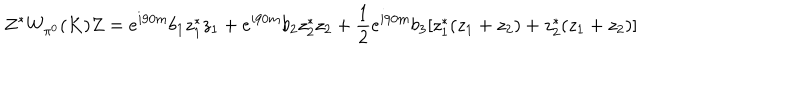
Z ^ { * } W _ { \pi ^ { 0 } } ( K ) Z = e ^ { i 9 0 m } b _ { 1 } z _ { 1 } ^ { * } z _ { 1 } + e ^ { i 9 0 m } b _ { 2 } z _ { 2 } ^ { * } z _ { 2 } + \frac 1 2 e ^ { i 9 0 m } b _ { 3 } [ z _ { 1 } ^ { * } ( z _ { 1 } + z _ { 2 } ) + z _ { 2 } ^ { * } ( z _ { 1 } + z _ { 2 } ) ]